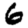
Digit: 6